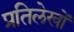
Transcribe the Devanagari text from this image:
प्रतिलेखों